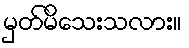
မှတ်မိသေးသလား။